Madras plague regulations and rules - Volume 1
Disease focus: Plague
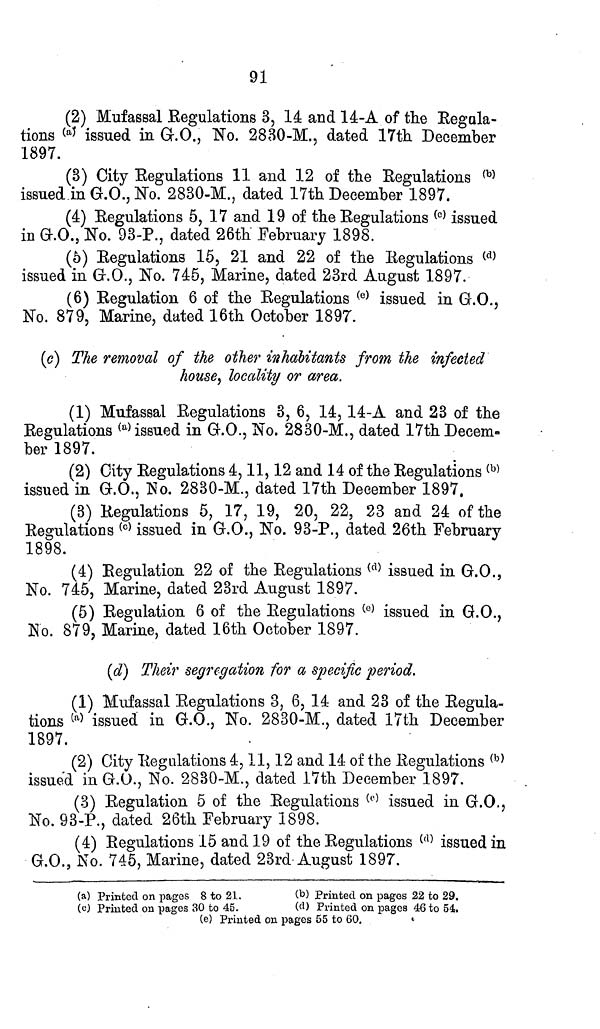
91
(2) Mufassal Regulations 3, 14 and 14-A of the Regala-
tions (a) issued in G.O., No. 2830-M., dated 17th December
1897.
(3) City Regulations 11 and 12 of the Regulations (b)
issued in G.O., No. 2830-M., dated 17th December 1897.
(4) Regulations 5, 17 and 19 of the Regulations (c) issued
in G.O., No. 93-P., dated 26th February 1898.
(5) Regulations 15, 21 and 22 of the Regulations (d)
issued in G.O., No. 745, Marine, dated 23rd August 1897.
(6) Regulation 6 of the Regulations (e) issued in G.O.,
No. 879, Marine, dated 16th October 1897.
(e) The removal of the other inhabitants from the infected
house, locality or area.
(1) Mufassal Regulations 3, 6, 14, 14-A and 23 of the
Regulations (a) issued in G.O., No. 2830-M., dated 17th Decem-
ber 1897.
(2) City Regulations 4, 11, 12 and 14 of the Regulations (b)
issued in G.O., No. 2830-M., dated 17th December 1897.
(3) Regulations 5, 17, 19, 20, 22, 23 and 24 of the
Regulations (c) issued in G.O., No. 93-P., dated 26th February
1898.
(4) Regulation 22 of the Regulations (d) issued in G.O.,
No. 745, Marine, dated 23rd August 1897.
(5) Regulation 6 of the Regulations (e) issued in G.O.,
No. 879, Marine, dated 16th October 1897.
(d) Their segregation for a specific period.
(1) Mufassal Regulations 3, 6, 14 and 23 of the Regula-
tions (a) issued in G.O., No. 2830-M., dated 17th December
1897.
(2) City Regulations 4, 11, 12 and 14 of the Regulations (b)
issued in G.O., No. 2830-M., dated 17th December 1897.
(3) Regulation 5 of the Regulations (c) issued in G.O.,
No. 93-P., dated 26th February 1898.
(4) Regulations 15 and 19 of the Regulations (d) issued in
G.O., No. 745, Marine, dated 23rd August 1897.
(a) Printed on pages 8 to 21.
(c) Printed on pages 30 to 45.
(b) Printed on pages 22 to 29.
(d) Printed on pages 46 to 54.
(e) Printed on pages 55 to 60.